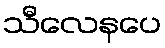
သီလေနပေ